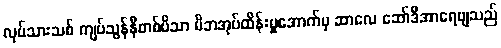
လုပ်သားသစ် ကျပ်သွန်နီတစ်ပိသာ မိဘအုပ်ထိန်းမှုအောက်မှ ဆာလေ ဆော်ဒီအာရေဗျသည်